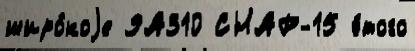
широ́коjе 9А310 СНАР-15 э́того